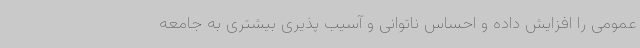
عمومی را افزایش داده و احساس ناتوانی و آسیب پذیری بیشتری به جامعه